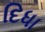
દિધા